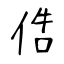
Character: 俈